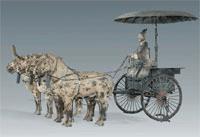
门有车马客，驾言发故乡。